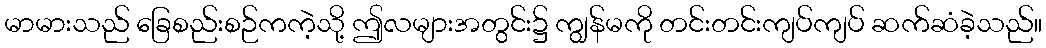
မာမားသည် ခြေစည်းစဉ်ကကဲ့သို့ ဤလများအတွင်း၌ ကျွန်မကို တင်းတင်းကျပ်ကျပ် ဆက်ဆံခဲ့သည်။